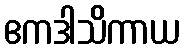
ဧကဒါသိကာယ